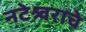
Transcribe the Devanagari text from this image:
नटेश्र्वराचे